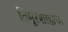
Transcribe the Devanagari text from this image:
तिमूरशाहाचा